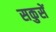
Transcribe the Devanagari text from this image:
सकुसें